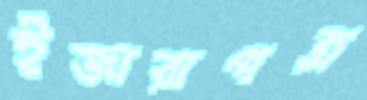
ইজারাপত্র